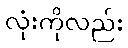
လုံးကိုလည်း